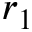
r _ { 1 }